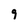
Character: 9